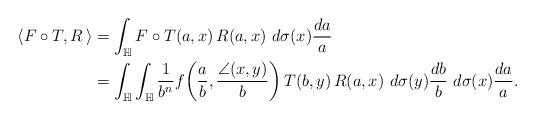
LaTeX: \begin{align*}\left<F\circ T,R\,\right>&=\int_{\mathbb{H}} F\circ T(a,x)\,R(a,x)\,\,d\sigma(x)\frac{da}{a} \\&=\int_{\mathbb{H}}\int_{\mathbb{H}}\frac{1}{b^n}f\!\left(\frac{a}{b},\frac{\angle(x,y)}{b}\right)T(b,y)\,R(a,x)\,\,d\sigma(y)\frac{db}{b}\,\,d\sigma(x)\frac{da}{a}.\end{align*}